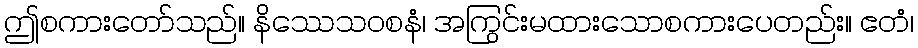
ဤစကားတော်သည်။ နိဿေသဝစနံ၊ အကြွင်းမထားသောစကားပေတည်း။ ဧတံ၊